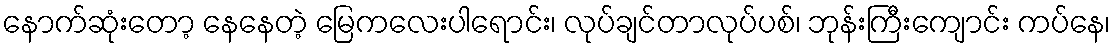
နောက်ဆုံးတော့ နေနေတဲ့ မြေကလေးပါရောင်း၊ လုပ်ချင်တာလုပ်ပစ်၊ ဘုန်းကြီးကျောင်း ကပ်နေ၊